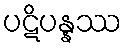
ပဋိပန္နဿ